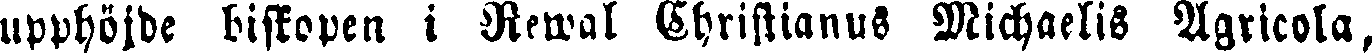
upphöjde biskopen i Rewal Christianus Michaelis Agricola,